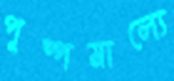
পুষ্পমাল্যে